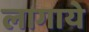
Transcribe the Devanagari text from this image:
लागाये